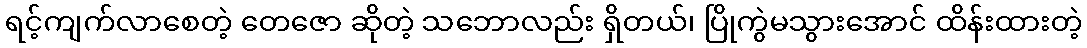
ရင့်ကျက်လာစေတဲ့ တေဇော ဆိုတဲ့ သဘောလည်း ရှိတယ်၊ ပြိုကွဲမသွားအောင် ထိန်းထားတဲ့